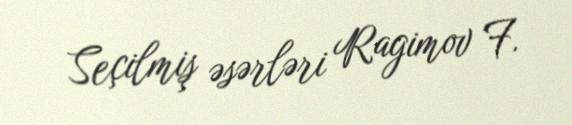
Seçilmiş əsərləri Ragimov F.